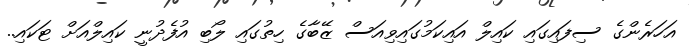
އަހަރެންގެ ސިފައިގައި ކައިލް އައިކަމުގައިވިއަސް ޒޭބާގެ ހިތުގައި ލޯބި އުފެދުނީ ކައިލްއަށް ޓަކައި..